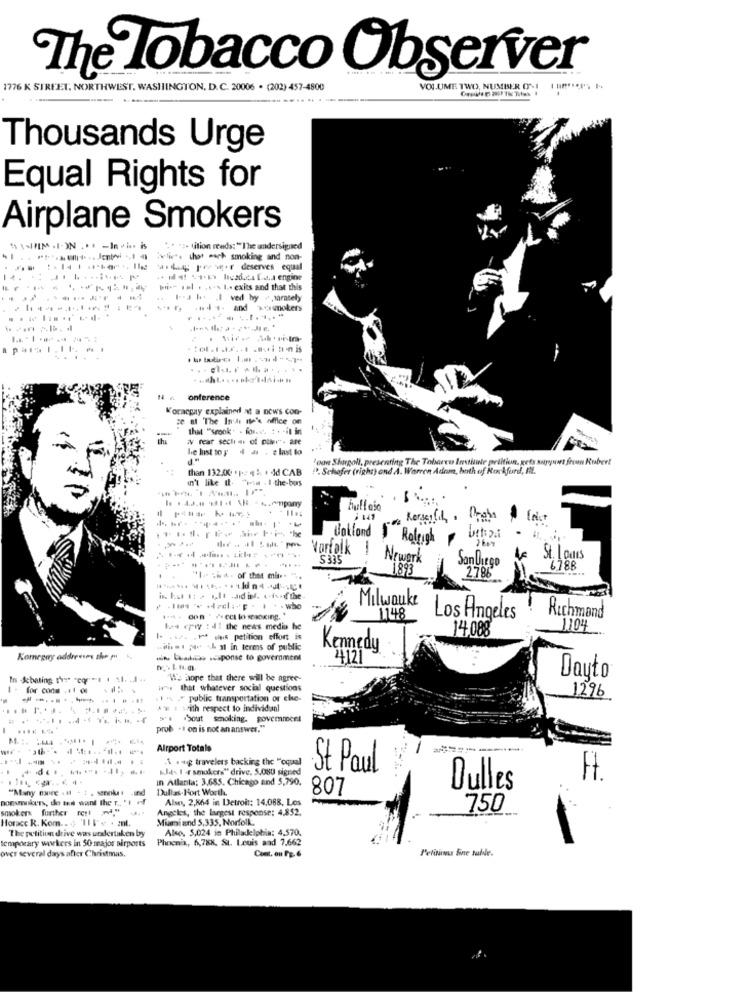
The Tobacco Observer
1776 K STREET, NORTHWEST, WASHINGTON, D.C. 20006 . (202) 457-4800
VOLUME TWO, NUMBER O~1 1 In !!
Thousands Urge
Equal Rights for
Airplane Smokers
. - In ciar is
** * s- tition reeds: "The undersigned
blir. thor each smoking and non-
a.q preser deserves equal
bu-" iel . , s.\ 1 .. exis and that this
------
I-a ho .I ved by . parately
@4 1- and wersmokers
..........
N .. onference
W'ornegay explained at a news con-
ze a The Inde tte's office on
that "srook. . forse. 1 . - il in
tha
iV rear secli - of plier" - are
he Just to F
. P
'oant Shugoll, presenting The Tobarco Institute priltion, gets support freon Robert
than 132.00 *1.44% * dd CAB
". Schafer (right) and A. Warren Adam, both of Rockford, Il.
un't like it
Those . I-the-bus
.....
on herscifih. Praha
Ballond 1 Raleigh
Vartalk !
-
5335
Nrwork
SanDiego
St. Louis
1893
6788
"1. 5H4. of that mit. ".
2786
Milwauke
Richmond
1148
Los Angeles
los cpiy :il the news media he
14,088
1104
I .12. 1ª a petition effort is
wait to sh al in terms of public
Kennedy
Komegay addresses the py
- Das .esponse to government
24121
We hope that there will be agree-
Daytı
for cone , 1 1 0
that whatever social questions
1296
--------
" public transportation or che-
A'E 1 with respect to individanl
Sout smoking. government
prob .I on is not an answer."
Airport Totals
------
1 .tag travelers backing the "oqual
Kls I r smokers" drive. 5.080 signed
St Paul
In Atlanta: 3,685. Chicago and 5,790.
"Many more . il + : , senket -ind
Dallas-Fort Worth.
807
Dulles
nonsmokers, do tes want the r. 'I of
Also, 2,864 in Detroit: 14.088, Los
smokers further rest ."
Angeles, the largest response: 4,852.
750
Horace R. Kom .. . 'III"e . ml.
Mimmi and 5,335, Norfolk.
"The petition drive was undertaken by
Also, 5,024 in Philadelphia: 4,570.
temporary workers in 50 major airports
Phoenix, 6,788, St. Louis and 7.662
over several days after Christmas.
Pelitos Fine sulle.
Com. on FE. 6